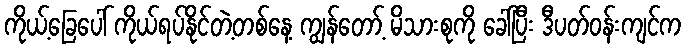
ကိုယ့်ခြေပေါ် ကိုယ်ရပ်နိုင်တဲ့တစ်နေ့ ကျွန်တော့် မိသားစုကို ခေါ်ပြီး ဒီပတ်ဝန်းကျင်က